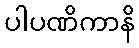
ပါပဏိကာနိ